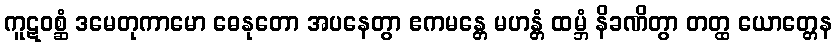
ကူဋဝစ္ဆံ ဒမေတုကာမော ဓေနုတော အပနေတွာ ဧကမန္တေ မဟန္တံ ထမ္ဘံ နိခဏိတွာ တတ္ထ ယောတ္တေန